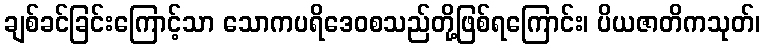
ချစ်ခင်ခြင်းကြောင့်သာ သောကပရိဒေဝစသည်တို့ဖြစ်ရကြောင်း၊ ပိယဇာတိကသုတ်၊